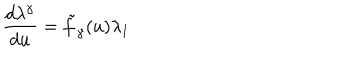
\frac { d \lambda ^ { \gamma } } { d u } = { \tilde { f } } _ { \gamma } ( u ) \lambda _ { 1 }